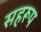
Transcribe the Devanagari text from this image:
सहरूप